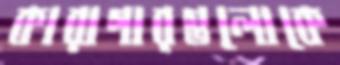
কারাগারগুলোকে